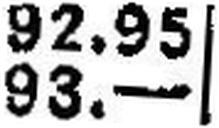
93.—